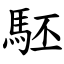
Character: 駓